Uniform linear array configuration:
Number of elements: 12
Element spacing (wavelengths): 0.5
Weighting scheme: kaiser
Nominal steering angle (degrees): -45
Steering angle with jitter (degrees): -46.444
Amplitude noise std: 0.05
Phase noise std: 0.05

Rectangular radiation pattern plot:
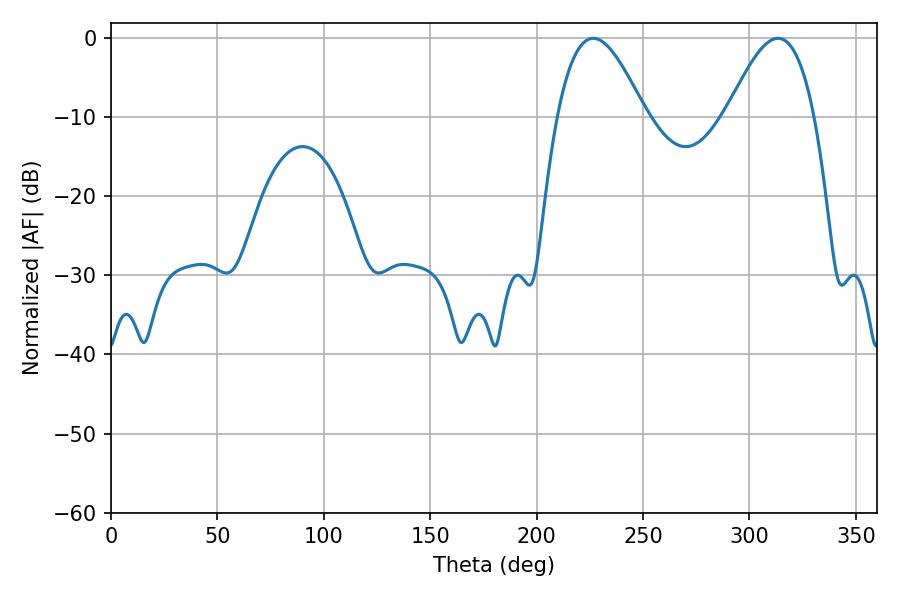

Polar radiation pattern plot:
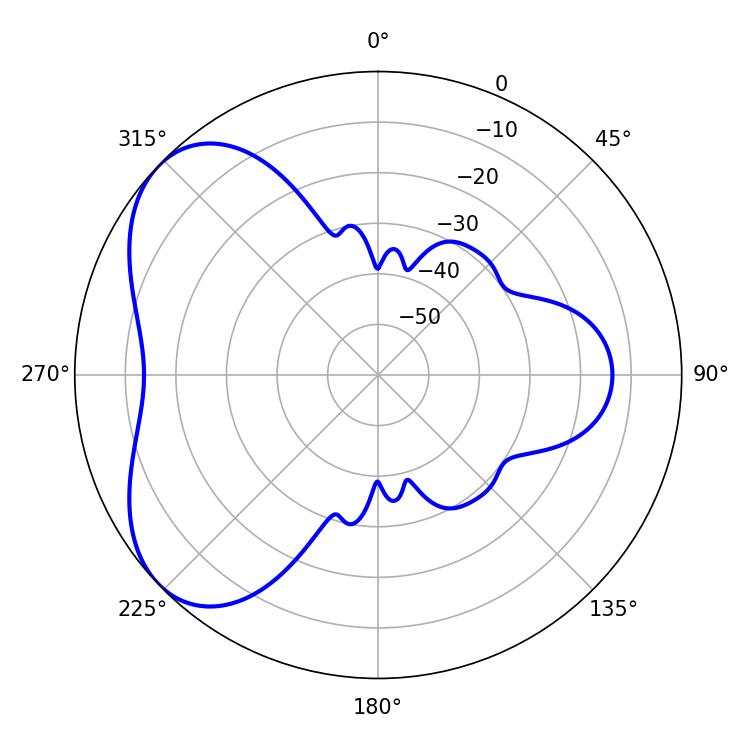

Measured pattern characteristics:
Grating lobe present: FALSE
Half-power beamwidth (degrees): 22.32
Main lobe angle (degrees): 226.62